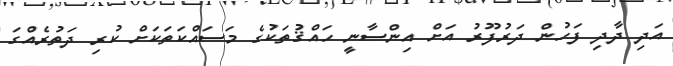
އަދި ދާދި ފަހުން ދަރުފޫރު އަށް އިންސާނީ ހައްޤުތަކުގެ މަސައްކަތަކަށް ކުރި ދަތުރެއްގަ